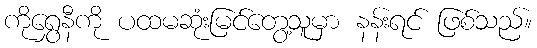
ကိုရွှေနီကို ပထမဆုံးမြင်တွေ့သူမှာ နန်းရင် ဖြစ်သည်။